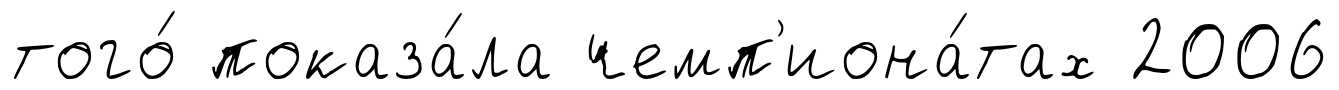
того́ показа́ла чемп'иона́тах 2006